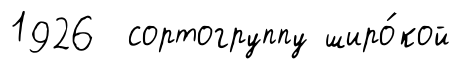
1926 сортогруппу широ́кой